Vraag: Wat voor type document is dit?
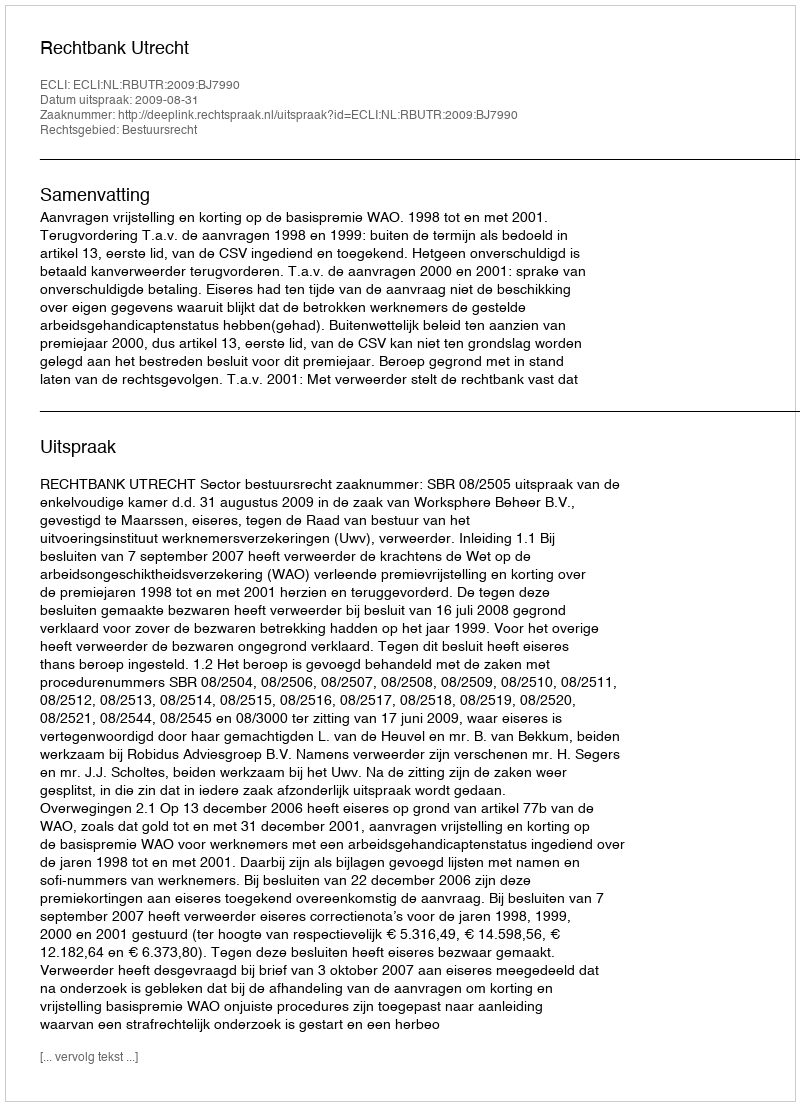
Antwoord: Uitspraak